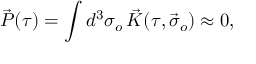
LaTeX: \vec { \cal P } ( \tau ) = \int d ^ { 3 } \sigma _ { o } \, \vec { K } ( \tau , \vec { \sigma } _ { o } ) \approx 0 ,